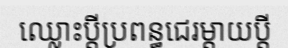
ឈ្លោះប្តីប្រពន្ធជេរម្តាយប្តី